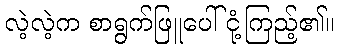
လဲ့လဲ့က စာရွက်ဖြူပေါ် ငုံ့ကြည့်၏။